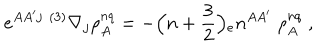
e ^ { A A ^ { \prime } j } \; { } ^ { ( 3 ) } \nabla _ { j } \rho _ { A } ^ { n q } = - \Bigr ( n + { \frac { 3 } { 2 } } \Bigr ) { _ { e } n ^ { A A ^ { \prime } } } \; \rho _ { A } ^ { n q } \; ,